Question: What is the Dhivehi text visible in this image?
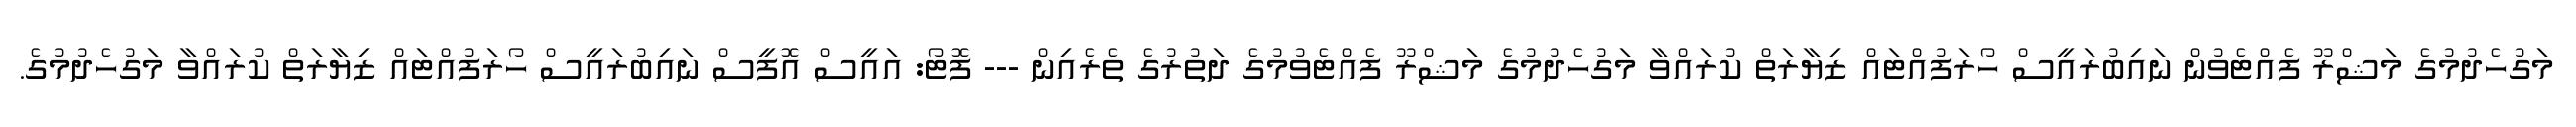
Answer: މަގުހެދުމުގެ މަޝްރޫ ފެއްޓެވުން ނައިބުރައީސް ހޯރަފުއްޓައް ޒިޔާރަތް ކުރައްވާ މަގުހެދުމުގެ މަޝްރޫ ފެއްޓެވުމުގެ ދަތުރުގެ ތެރެއިން --- ފޮޓޯ: އައީސް އޮފީސް ނައިބުރައީސް ހޯރަފުއްޓައް ޒިޔާރަތް ކުރައްވާ މަގުހެދުމުގެ.